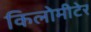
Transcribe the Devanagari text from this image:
किलोमीटेर